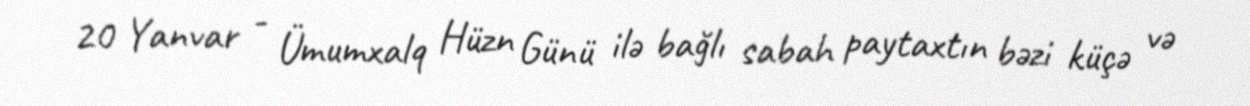
20 Yanvar - Ümumxalq Hüzn Günü ilə bağlı sabah paytaxtın bəzi küçə və